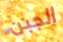
الجبن